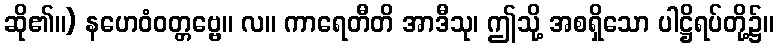
ဆို၏။) နဟေဝံဝတ္တဗ္ဗေ။ လ။ ကာရေတီတိ အာဒီသု၊ ဤသို့ အစရှိသော ပါဋ္ဌိရပ်တို့၌။